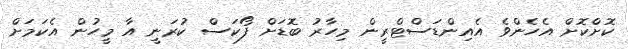
ކޮށްކޮށް އެހެންވެ އެއިންޑަސްޓްރީން މިހާރު ބޮޑަށް ފޯކަސް ކުރަނީ އާ މީހުން އެކަމަށް